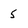
Character: 5